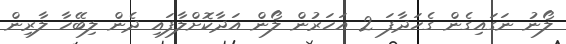
ލޯނު ނަގައިގެން ގެހަދާފަ 2 އަހަރުން ލޯން އަދާކޮށްލާފައި ދެން ލިބޭހާ ލާރިން